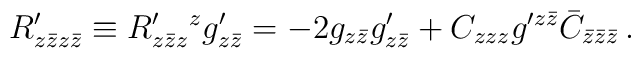
R'_{z\bar zz\bar z}\equiv  R'_{z\bar zz}{}^z g'_{z\bar z}=-2 g_{z\bar z} g'_{z\bar z} +C_{zzz}g'^{z\bar z}\bar C_{\bar z\bar z\bar z}\,.